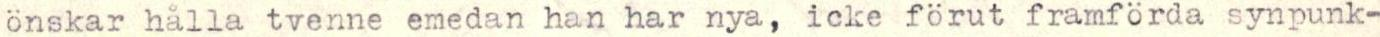
önskar hålla tvenne emedan han har nya, icke förut framförda synpunk-